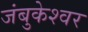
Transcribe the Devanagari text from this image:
जंबुकेश्‍वर